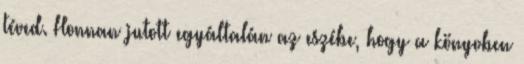
téved. Honnan jutott egyáltalán az eszébe, hogy a könyvben